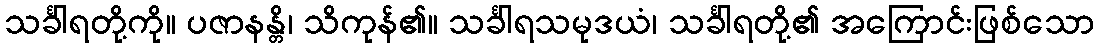
သင်္ခါရတို့ကို။ ပဇာနန္တိ၊ သိကုန်၏။ သင်္ခါရသမုဒယံ၊ သင်္ခါရတို့၏ အကြောင်းဖြစ်သော